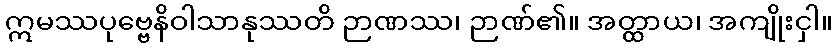
ဣမဿပုဗ္ဗေနိဝါသာနုဿတိ ဉာဏဿ၊ ဉာဏ်၏။ အတ္ထာယ၊ အကျိုးငှါ။